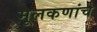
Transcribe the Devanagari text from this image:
मूलकणांचे